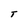
Character: T